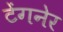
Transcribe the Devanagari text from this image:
टेंगनेर